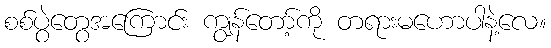
စစ်ပွဲတွေအကြောင်း ကျွန်တော့်ကို တရားမဟောပါနဲ့လေ။